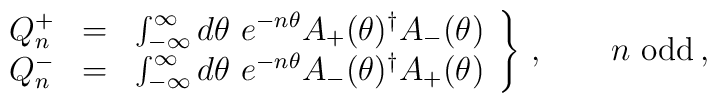
\left.\begin{array}{rcl}Q^+_n & = & \int_{-\infty}^\infty d\theta\ e^{-n\theta} A_+(\theta)^\dagger A_-(\theta)  \\ Q^-_n & = & \int_{-\infty}^\infty d\theta\ e^{-n\theta} A_-(\theta)^\dagger A_+(\theta) \end{array}\right\}\,, \qquad n {\hbox{ odd}} \,,